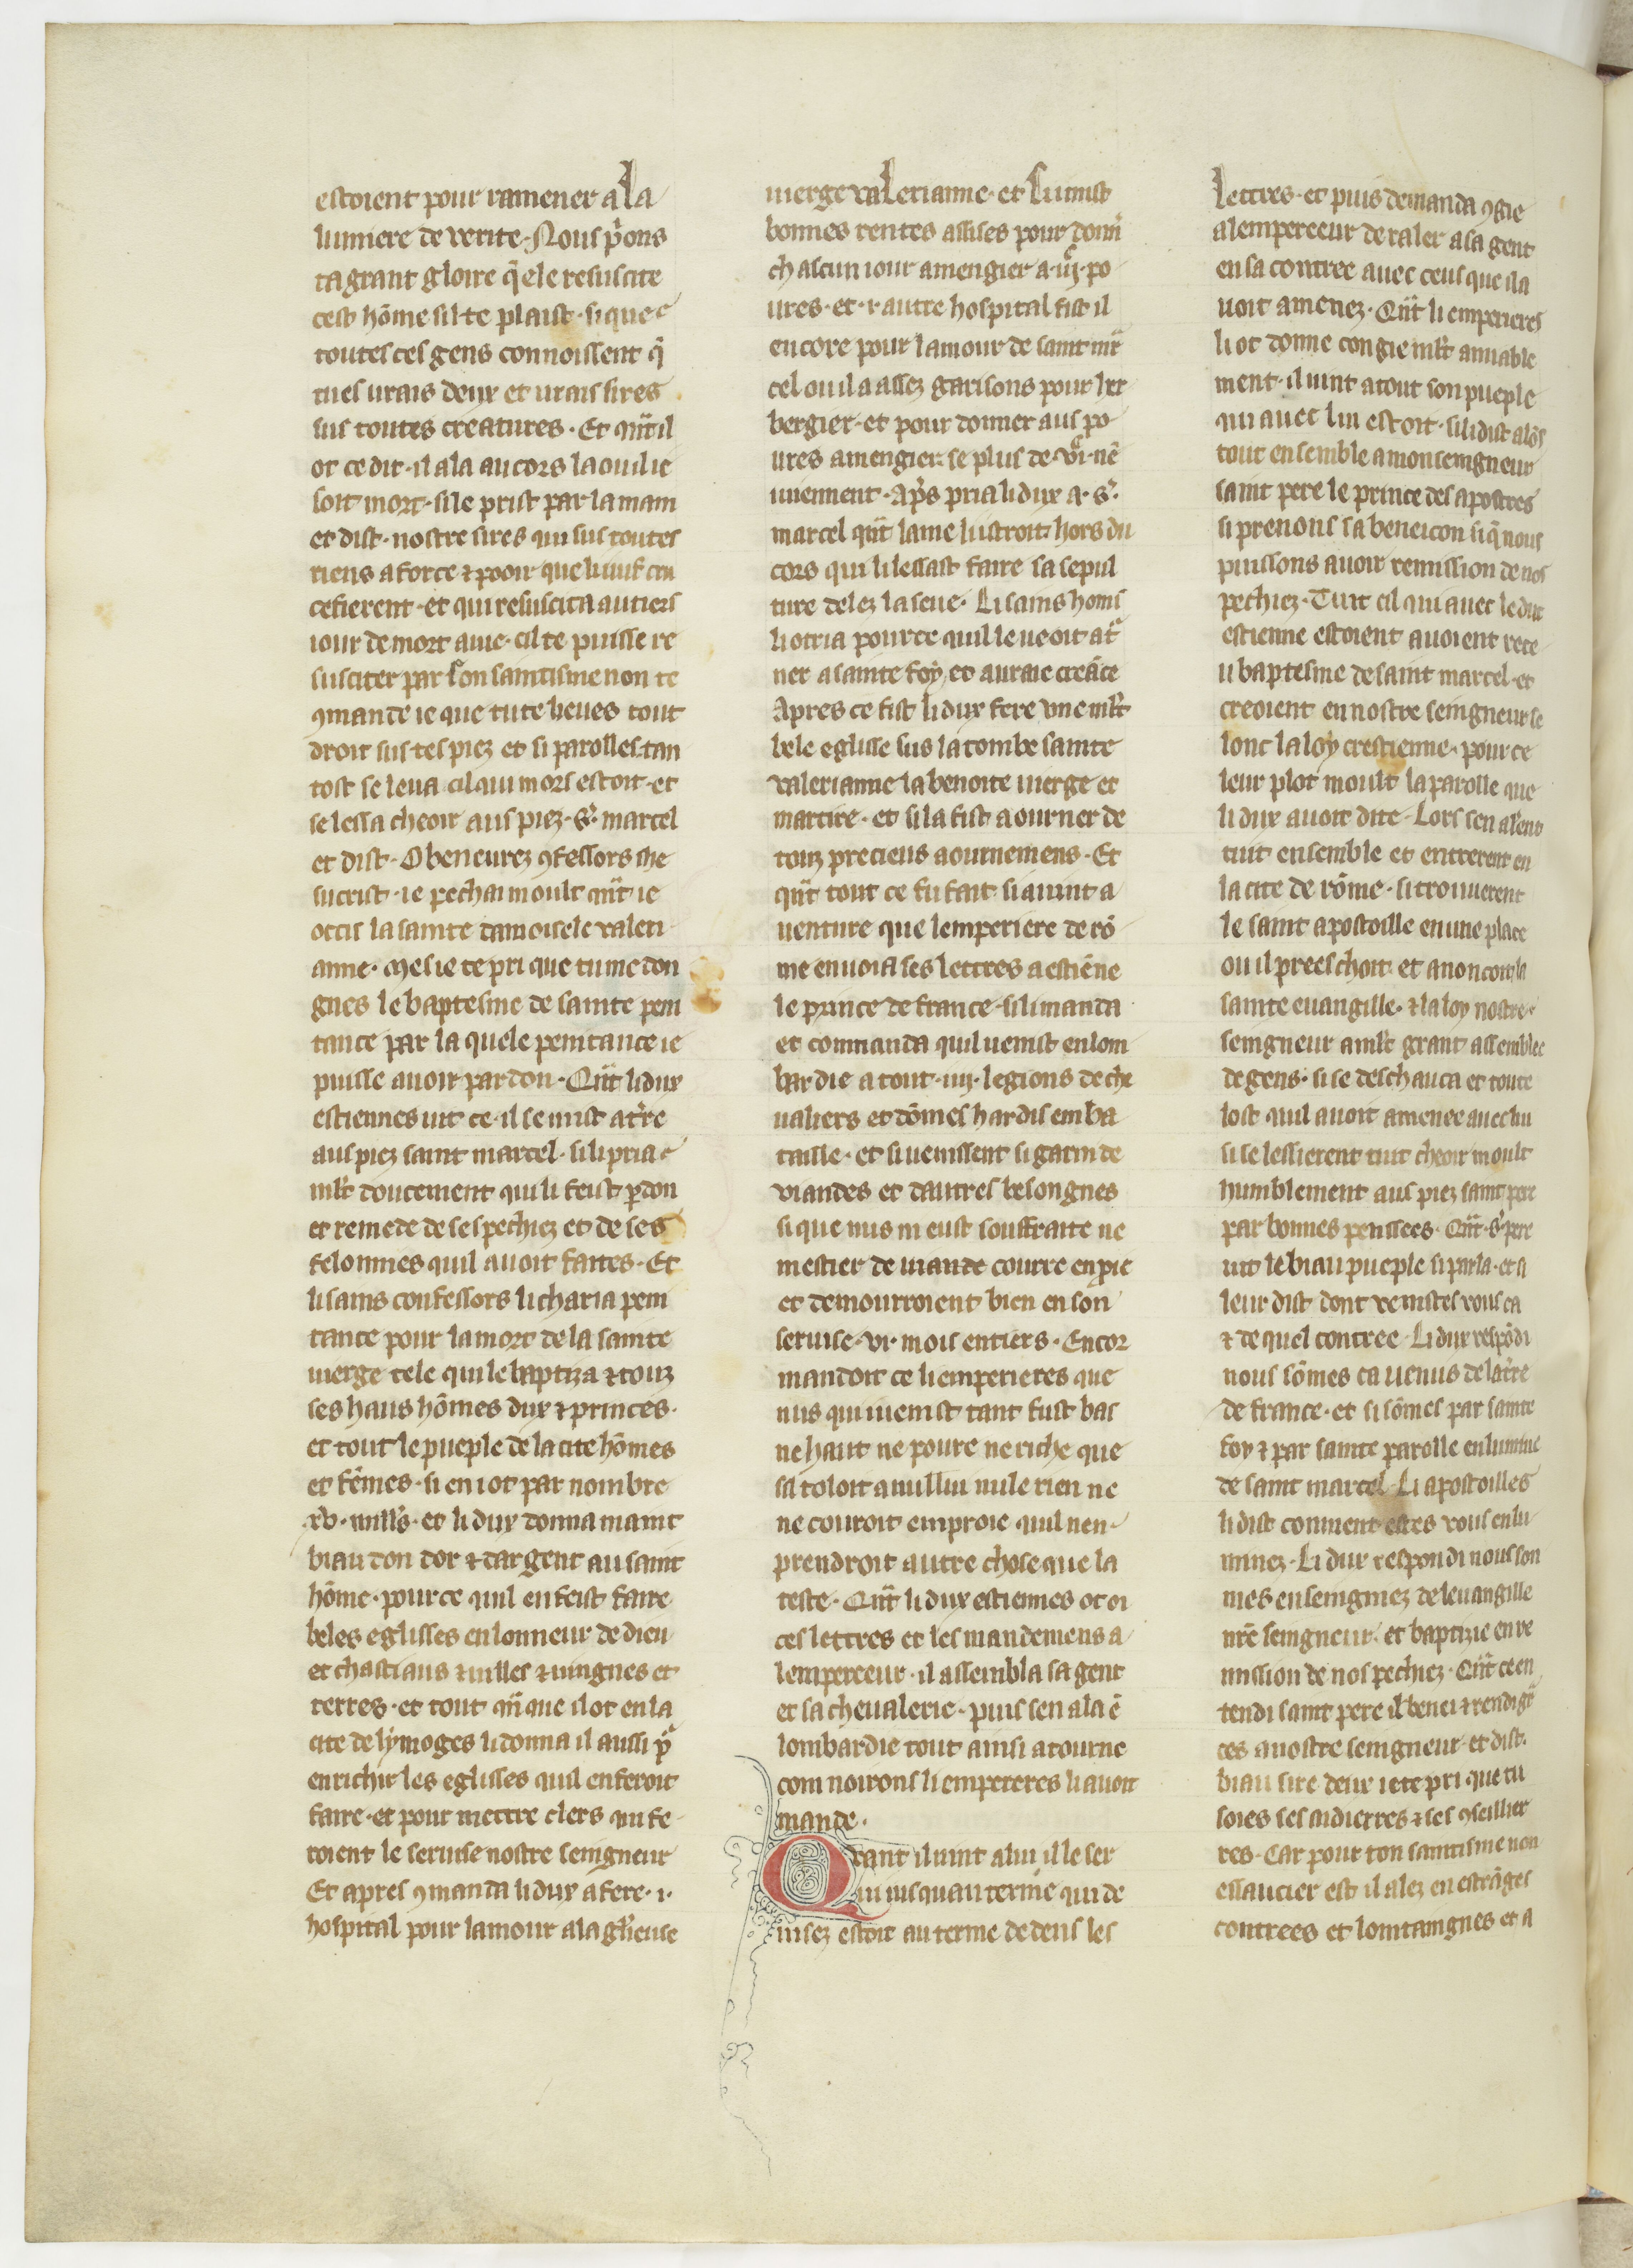
Shelfmark: Paris, BnF, fr. 185
Century: 15